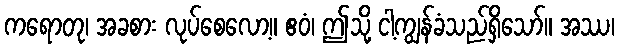
ကရောတု၊ အခစား လုပ်စေလော့။ ဧဝံ၊ ဤသို့ ငါ့ကျွန်ခံသည်ရှိသော်။ အဿ၊